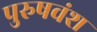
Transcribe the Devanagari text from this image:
पुरुषवंश